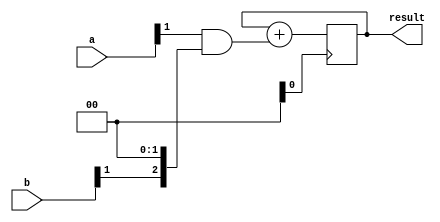
module radix4_multiplier(input [1:0] a, b,
                           output reg [3:0] result);

   reg [3:0] partial_product_0, partial_product_1, partial_product_2, partial_product_3;

   // Stage 1: generate partial products
   always @ (a or b) begin
      partial_product_0 <= a[0] & b[0];
      partial_product_1 <= a[1] & b[0] << 1;
      partial_product_2 <= a[0] & b[1] << 1;
      partial_product_3 <= a[1] & b[1] << 2;
   end

   // Stage 2: accumulate partial products
   always @ (posedge clock) begin
      result <= result + partial_product_0;
      result <= result + partial_product_1;
      result <= result + partial_product_2;
      result <= result + partial_product_3;
   end

endmodule